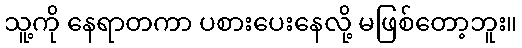
သူ့ကို နေရာတကာ ပစားပေးနေလို့ မဖြစ်တော့ဘူး။